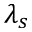
\lambda _ { s }